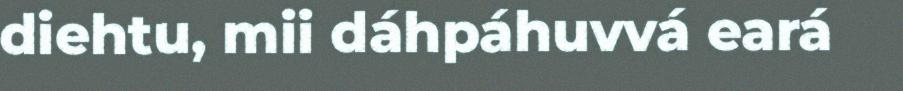
diehtu, mii dáhpáhuvvá eará